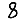
Digit: 8